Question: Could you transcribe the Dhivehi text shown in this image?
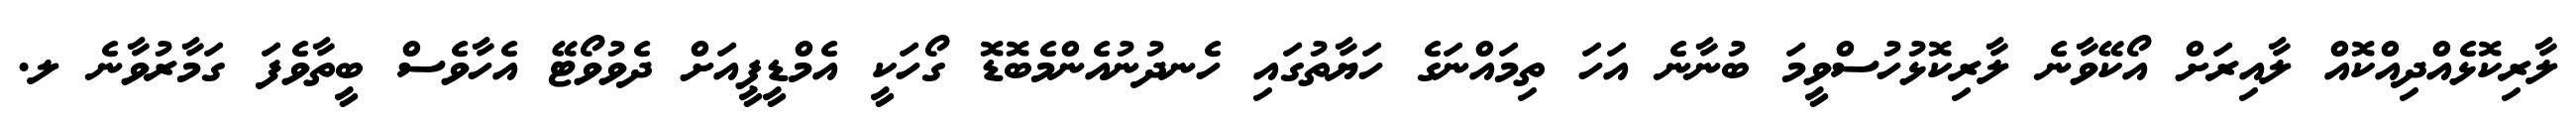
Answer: ލާރިކޮޅެއްދިއްކޮއް ލާއިރަށް އޯކޭވާނެ ލާރިކޮޅުހުސްވީމަ ބުނާނެ އަހަ ތިމައްނަގެ ހަޔާތުގައި ހެނދުނުއެންމެބޮޑޮ ގޯހަކީ އެމްޑީޕީއަށް ދެވުވޯޓޭ އެހާވެސް ބީތާވެފަ ގަމާރުވާނެ ލ.